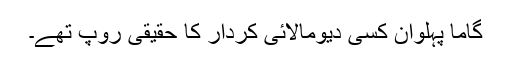
گاما پہلوان کسی دیومالائی کردار کا حقیقی روپ تھے۔